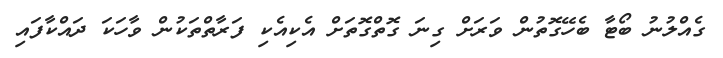
ގެއްލުނު ބޯޓާ ބެހޭގޮތުން ވަރަށް ގިނަ ގޮތްގޮތަށް އެކިއެކި ފަރާތްތަކުން ވާހަކަ ދައްކާފައި